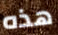
هذه